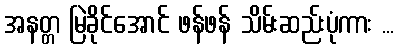
အနတ္တ မြဲခိုင်အောင် ဖန်ဖန် သိမ်းဆည်းပုံကား ...